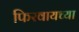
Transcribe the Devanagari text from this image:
फिरवायच्या